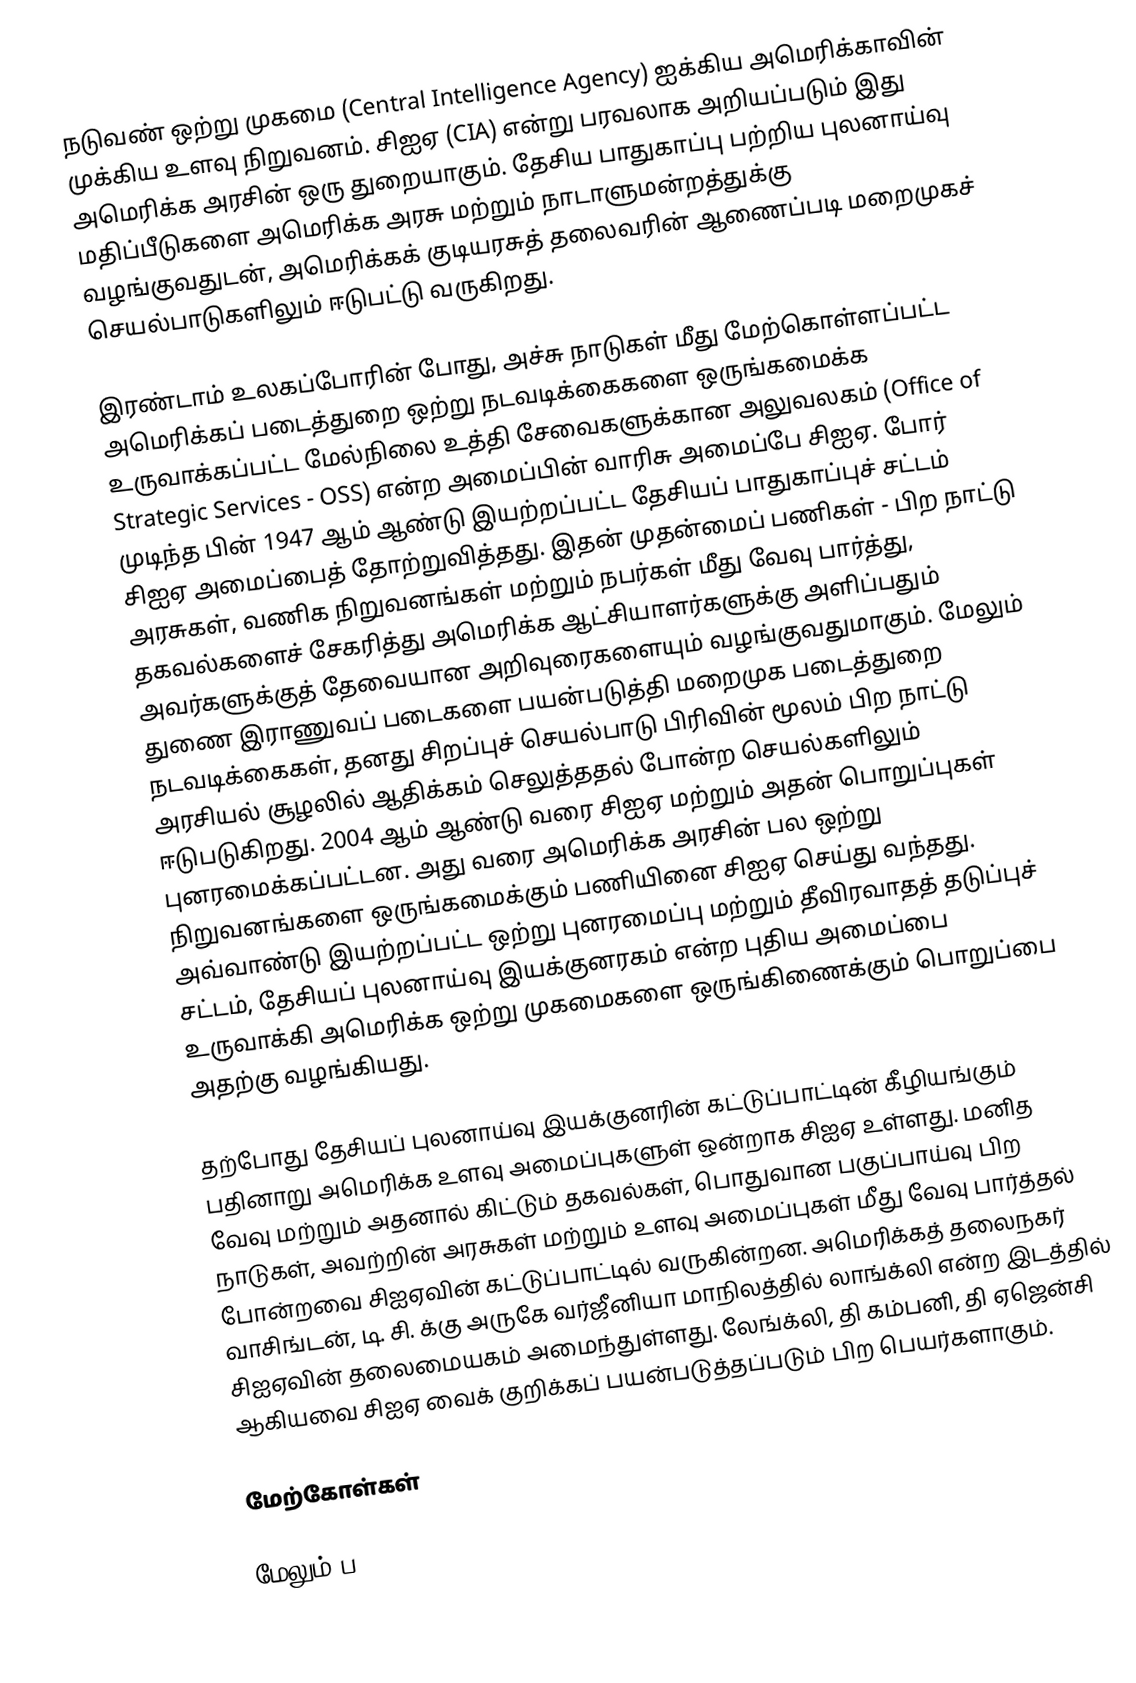
நடுவண் ஒற்று முகமை (Central Intelligence Agency) ஐக்கிய அமெரிக்காவின் முக்கிய உளவு நிறுவனம். சிஐஏ (CIA) என்று பரவலாக அறியப்படும் இது அமெரிக்க அரசின் ஒரு துறையாகும். தேசிய பாதுகாப்பு பற்றிய புலனாய்வு மதிப்பீடுகளை அமெரிக்க அரசு மற்றும் நாடாளுமன்றத்துக்கு வழங்குவதுடன், அமெரிக்கக் குடியரசுத் தலைவரின் ஆணைப்படி மறைமுகச் செயல்பாடுகளிலும் ஈடுபட்டு வருகிறது.

இரண்டாம் உலகப்போரின் போது, அச்சு நாடுகள் மீது மேற்கொள்ளப்பட்ட அமெரிக்கப் படைத்துறை ஒற்று நடவடிக்கைகளை ஒருங்கமைக்க உருவாக்கப்பட்ட மேல்நிலை உத்தி சேவைகளுக்கான அலுவலகம் (Office of Strategic Services - OSS) என்ற அமைப்பின் வாரிசு அமைப்பே சிஐஏ. போர் முடிந்த பின் 1947 ஆம் ஆண்டு இயற்றப்பட்ட தேசியப் பாதுகாப்புச் சட்டம் சிஐஏ அமைப்பைத் தோற்றுவித்தது. இதன் முதன்மைப் பணிகள் - பிற நாட்டு அரசுகள், வணிக நிறுவனங்கள் மற்றும் நபர்கள் மீது வேவு பார்த்து, தகவல்களைச் சேகரித்து அமெரிக்க ஆட்சியாளர்களுக்கு அளிப்பதும் அவர்களுக்குத் தேவையான அறிவுரைகளையும் வழங்குவதுமாகும். மேலும் துணை இராணுவப் படைகளை பயன்படுத்தி மறைமுக படைத்துறை நடவடிக்கைகள், தனது சிறப்புச் செயல்பாடு பிரிவின் மூலம் பிற நாட்டு அரசியல் சூழலில் ஆதிக்கம் செலுத்ததல் போன்ற செயல்களிலும் ஈடுபடுகிறது. 2004 ஆம் ஆண்டு வரை சிஐஏ மற்றும் அதன் பொறுப்புகள் புனரமைக்கப்பட்டன. அது வரை அமெரிக்க அரசின் பல ஒற்று நிறுவனங்களை ஒருங்கமைக்கும் பணியினை சிஐஏ செய்து வந்தது. அவ்வாண்டு இயற்றப்பட்ட ஒற்று புனரமைப்பு மற்றும் தீவிரவாதத் தடுப்புச் சட்டம், தேசியப் புலனாய்வு இயக்குனரகம் என்ற புதிய அமைப்பை உருவாக்கி அமெரிக்க ஒற்று முகமைகளை ஒருங்கிணைக்கும் பொறுப்பை அதற்கு வழங்கியது.

தற்போது தேசியப் புலனாய்வு இயக்குனரின் கட்டுப்பாட்டின் கீழியங்கும் பதினாறு அமெரிக்க உளவு அமைப்புகளுள் ஒன்றாக சிஐஏ உள்ளது. மனித வேவு மற்றும் அதனால் கிட்டும் தகவல்கள், பொதுவான பகுப்பாய்வு பிற நாடுகள், அவற்றின் அரசுகள் மற்றும் உளவு அமைப்புகள் மீது வேவு பார்த்தல் போன்றவை சிஐஏவின் கட்டுப்பாட்டில் வருகின்றன. அமெரிக்கத் தலைநகர் வாசிங்டன், டி. சி. க்கு அருகே வர்ஜீனியா மாநிலத்தில் லாங்க்லி என்ற இடத்தில் சிஐஏவின் தலைமையகம் அமைந்துள்ளது. லேங்க்லி, தி கம்பனி, தி ஏஜென்சி ஆகியவை சிஐஏ வைக் குறிக்கப் பயன்படுத்தப்படும் பிற பெயர்களாகும்.

மேற்கோள்கள்

மேலும் ப